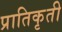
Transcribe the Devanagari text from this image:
प्रातिकृती